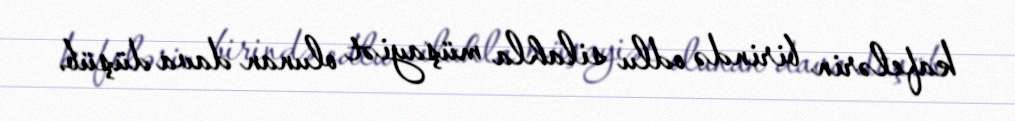
kafelərin birində odlu silahla müşayiət olunan dava düşüb.